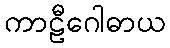
ကာဠီဂေါဓာယ